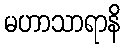
မဟာသာရာနိ